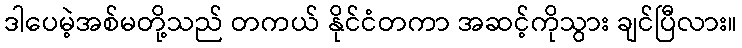
ဒါပေမဲ့အစ်မတို့သည် တကယ် နိုင်ငံတကာ အဆင့်ကိုသွား ချင်ပြီလား။